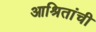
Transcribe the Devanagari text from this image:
आश्रितांची